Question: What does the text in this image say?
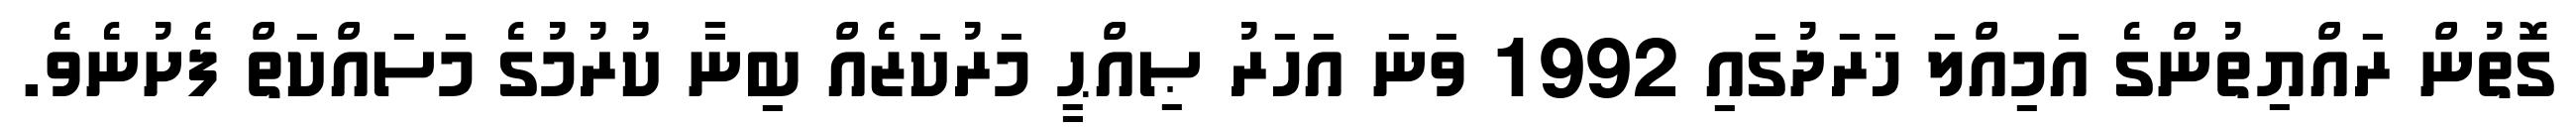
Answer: ގޮތުން ރައްޔިތުންގެ އަމިއްލަ ޚަރަދުގައި 1992 ވަނަ އަހަރު ޞިއްޙީ މަރުކަޒެއް ބިނާ ކުރުމުގެ މަސައްކަތް ފެށުނެވެ.